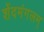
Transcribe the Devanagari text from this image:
शेंदमंगलम्